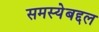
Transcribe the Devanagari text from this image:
समस्येबद्दल